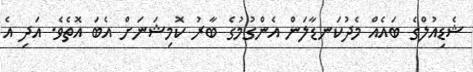
ޝެޑިއުލްގެ ބައެއް މެދުކަނޑާލަން އެންގުމުގެ ބާރު ކޮމިޝަނަށް އެބަ އޮތެވެ. އަދި އެ